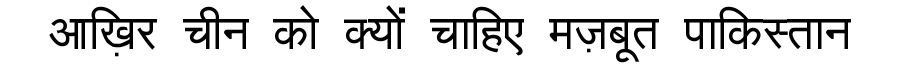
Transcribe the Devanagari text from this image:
आख़िर चीन को क्यों चाहिए मज़बूत पाकिस्तान